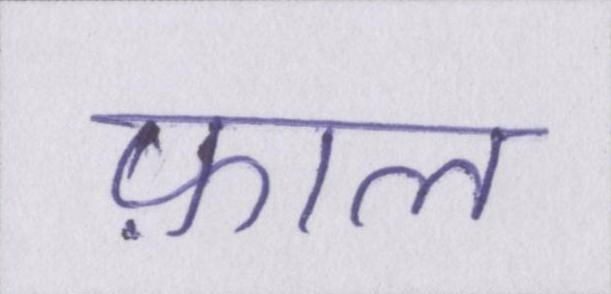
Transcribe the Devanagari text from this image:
फ़ाल